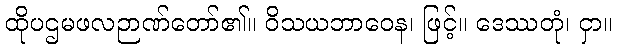
ထိုပဌမဖလဉာဏ်တော်၏။ ဝိသယဘာဝေန၊ ဖြင့်။ ဒေဿတုံ၊ ငှာ။